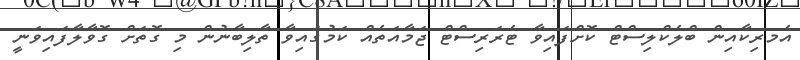
އެމރިކާއިން ބްލެކްލިސްޓް ކޮށްފައިވާ ޓެރަރިސްޓް ޖަމާއަތެއް ކަމުގައިވާ ތާލިބާނުން މި ގޮތަށް ގޮވާލާފައިވަނީ